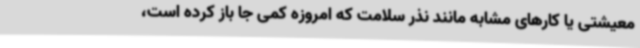
معیشتی یا کارهای مشابه مانند نذر سلامت که امروزه کمی جا باز کرده است،